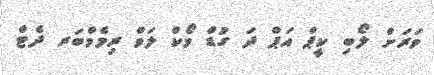
ވަރަށް ލޯބި ކީޕް އަޕް ދަ ގުޑް ވޯކް ލަވް ރިމެމްބަރ ދެޓް